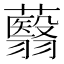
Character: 蘙